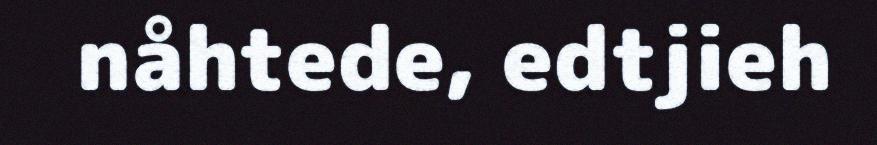
nåhtede, edtjieh